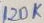
Text: 120K